Bréfritari: Andrés Fjeldsted
Viðtakandi: Einar Friðgeirsson
Dagsetning: A-1890-05-11
Skrifað á: Hvítárvöllum  Borg.

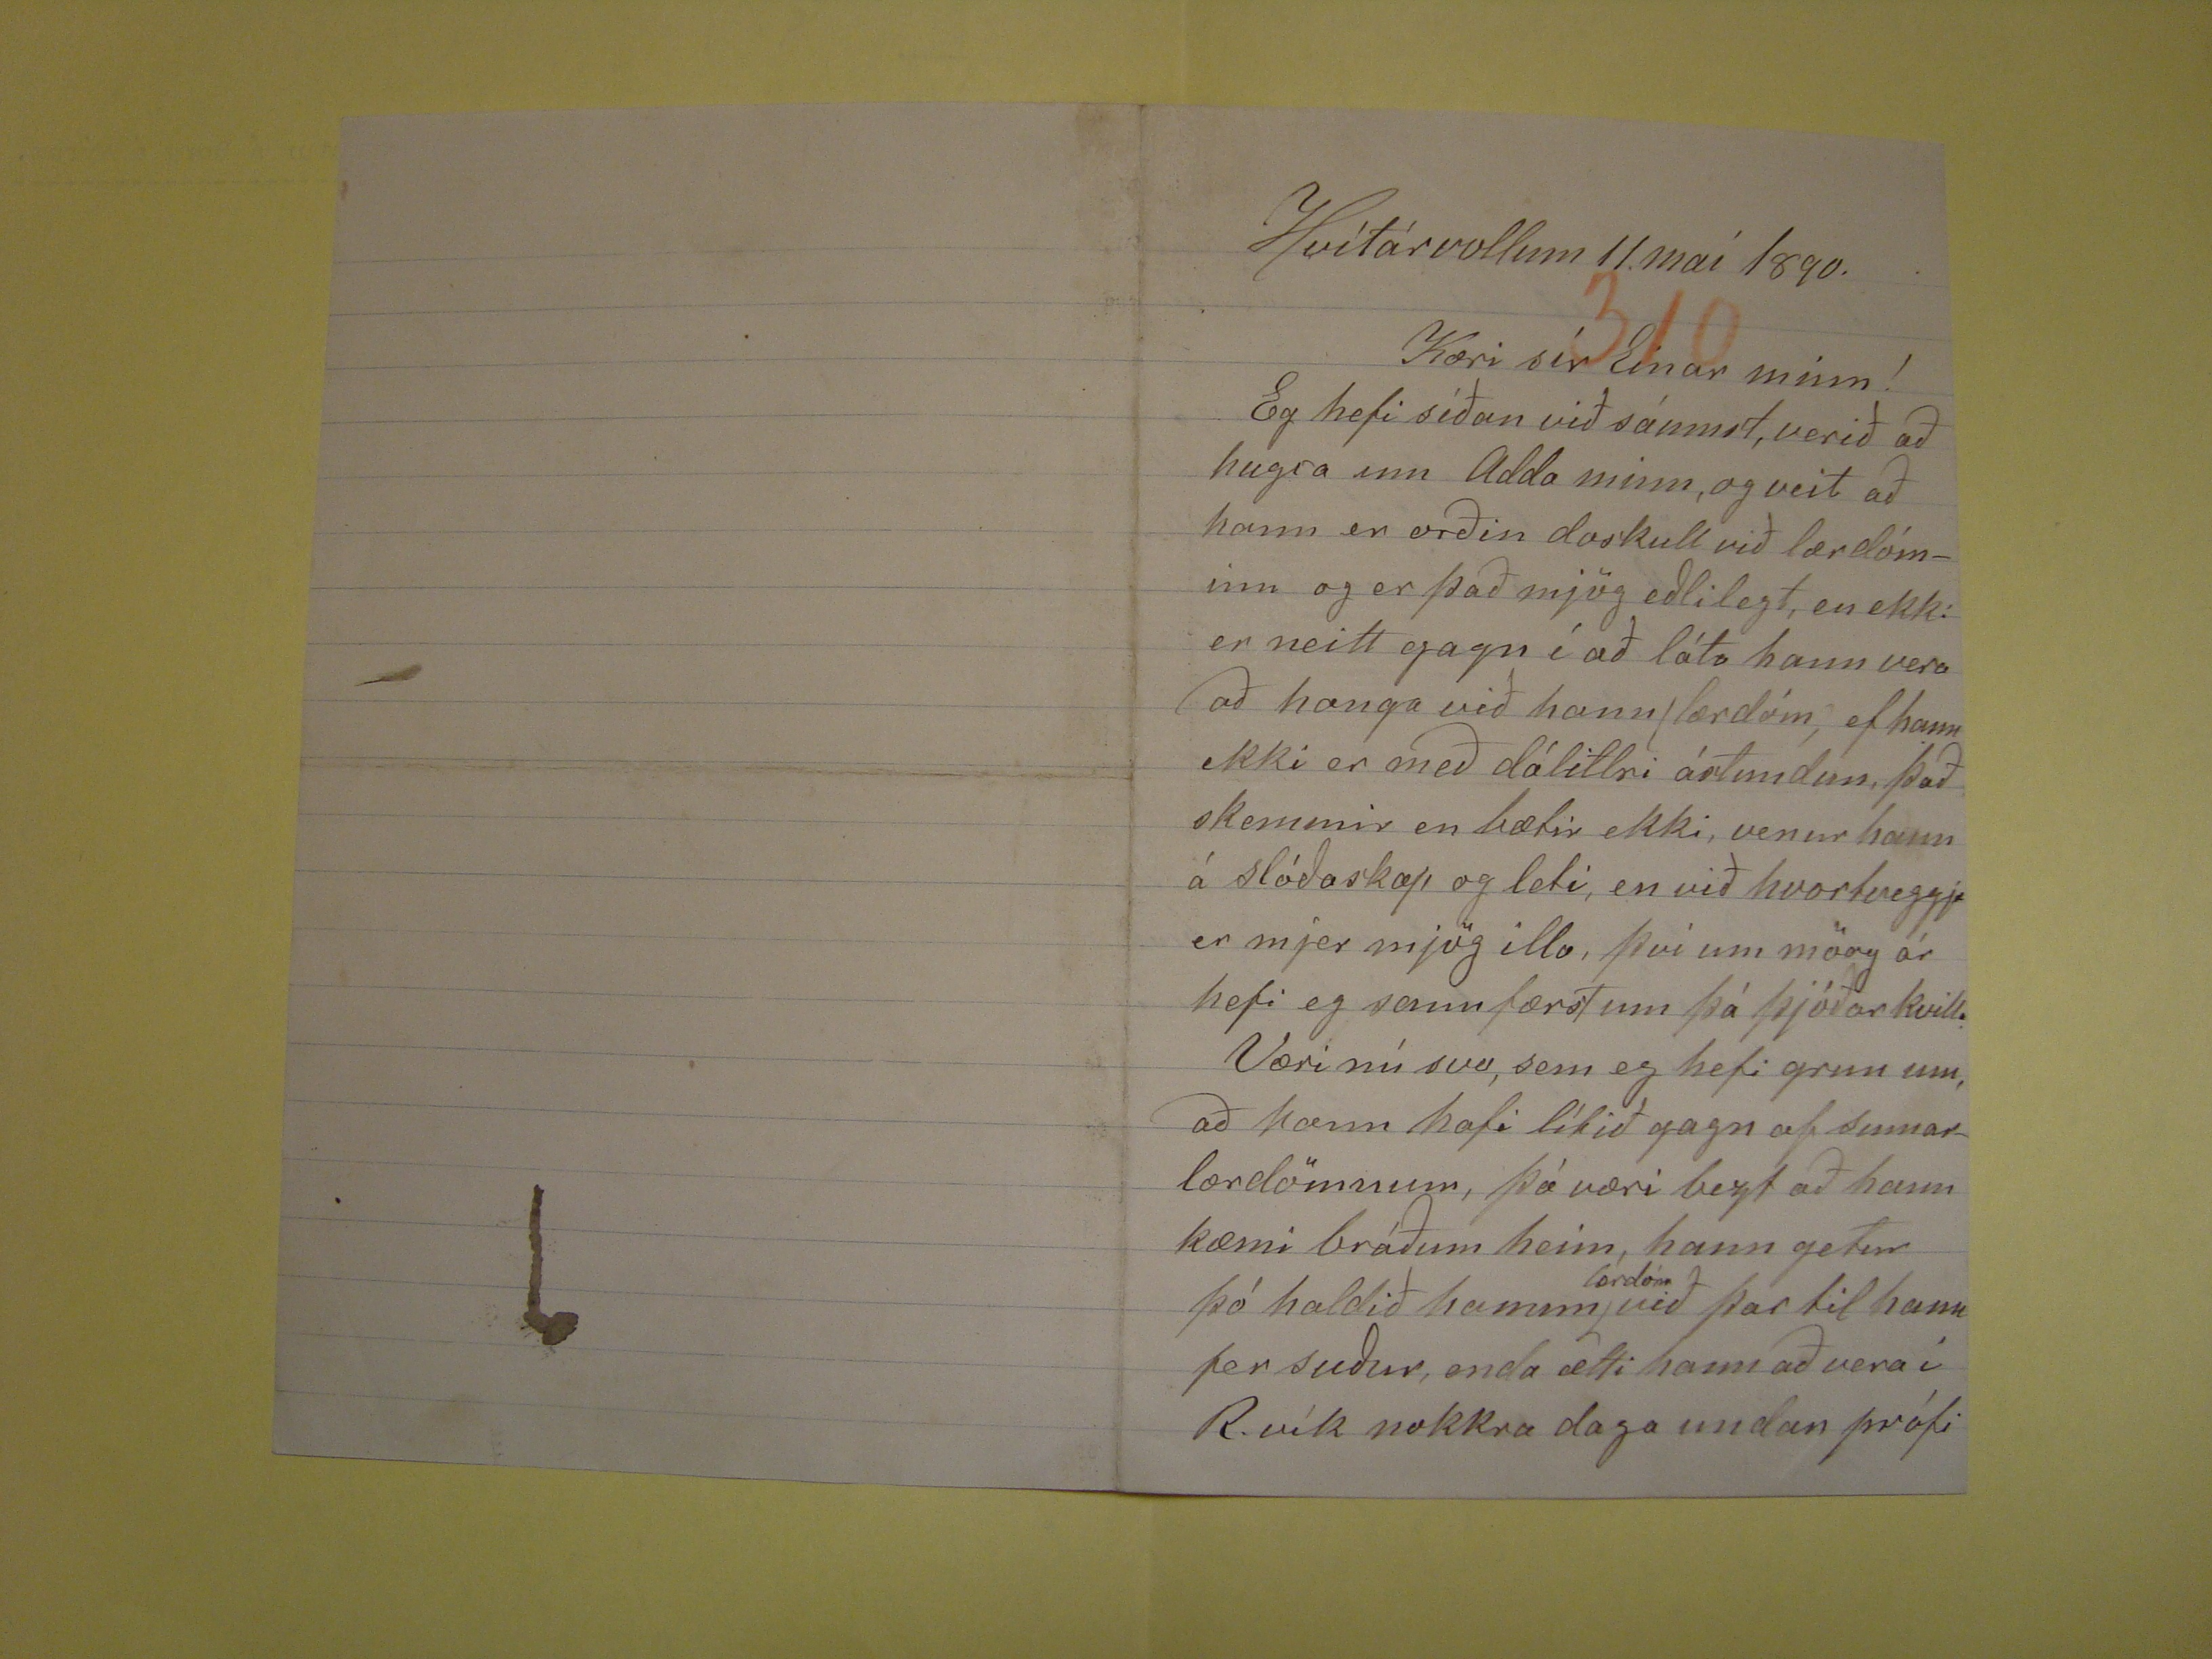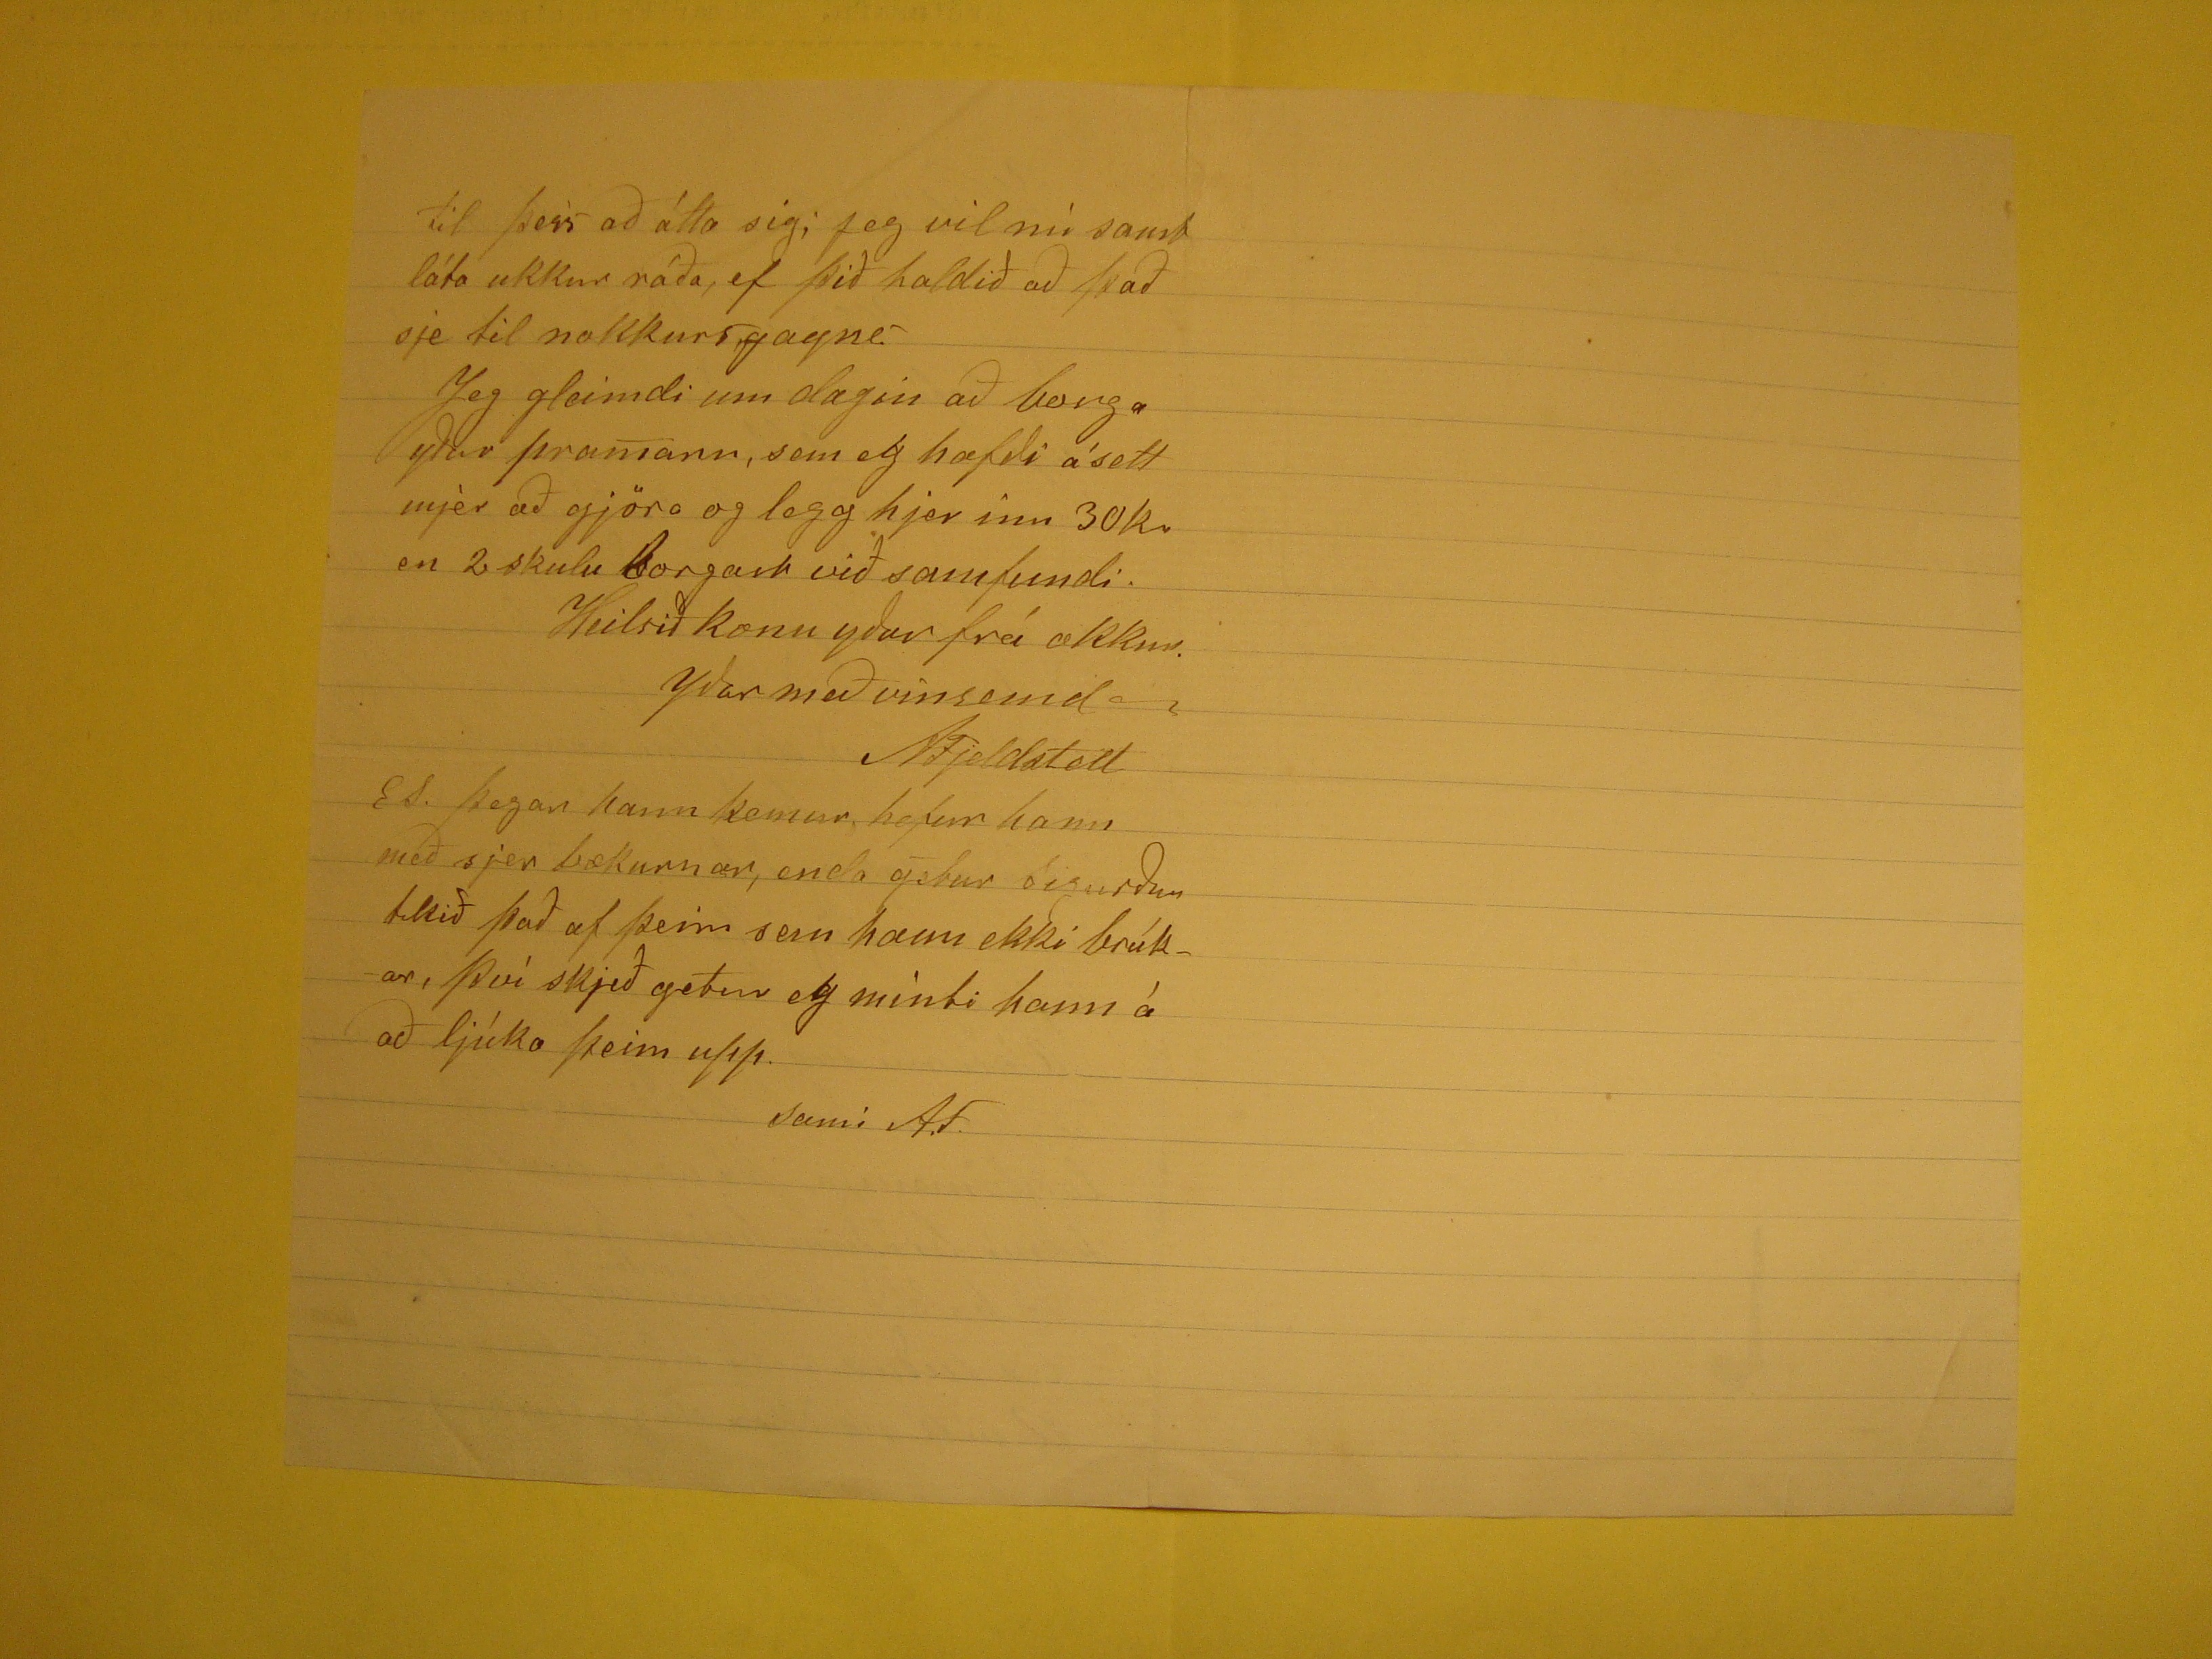

Hvítárvöllum 11. maí 1890
Kæri sír Einar minn!
Eg hefi síðan við sáumst, verið að hugsa um Adda minn, og veit að hann er orðin doskull við lærdóminn og er það mjög eðlilegt, en ekki er neitt gagn í að láta
hann vera að haga við hann (lærdóm) ef hann ekki er með dálitlri ástundun, það skemmir en bætir ekki, venur hann á slóðaskap og leti, en við hvortveggja er mjer
mjög illa, því um mörg ár hefi eg sannfærst um þá þjóðarkvilla Væri nú svo, sem eg hefi grun um, að hann hafi lítið gagn af sumarlærdömnum, þá væri bezt að hann
kæmi bráðum heim, hann getur þó haldið honum
lærdóm
við þar til hann fer suður, enda ætti hann að vera í R.vík
nokkra daga undan prófi
til þess að átta sig; jeg vil nú samt láta ukkur ráða, ef þið haldið að það sje til nokkurs,gagns. Jeg gleimdi um dagiin að borga yður pramann, sem eg hafði ásett
mjer að gjöra og legg hjer inn 30kr en 2 skulu borgast við samfundi.
Heilsið konu yðar frá okkur.
yðar með vinsemd
AFjeldsted
ES. þegar hann kemur, hefur hann með sjer bækurnar, enda getur Sigurður tekið það af þeim sem hann ekki brúkar, því skjeð getur eg minti hann á að ljúka þeim
upp.
sami A.F.